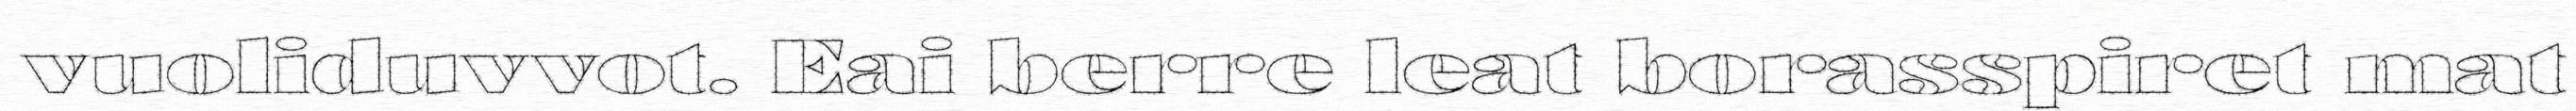
vuoliduvvot. Eai berre leat borasspiret mat